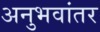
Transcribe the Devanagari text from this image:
अनुभवांतर